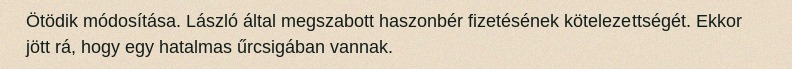
Ötödik módosítása. László által megszabott haszonbér fizetésének kötelezettségét. Ekkor jött rá, hogy egy hatalmas űrcsigában vannak.